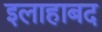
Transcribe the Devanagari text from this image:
इलाहाबद